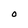
Character: O